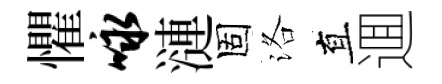
懼咏漣固洛直逥